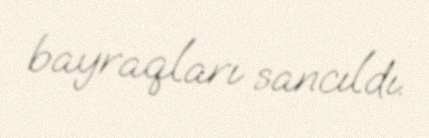
bayraqları sancıldı.